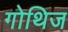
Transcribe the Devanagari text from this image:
गोथिज